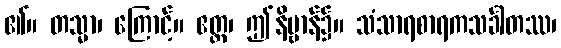
၏။ တသ္မာ၊ ကြောင့်။ ဧတ္ထ၊ ဤနိဗ္ဗာန်၌။ သံသာရစာရကသင်္ခါတဿ၊